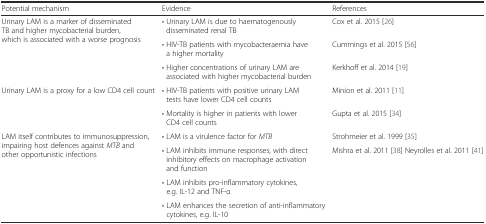
| Potential mechanism | Evidence | References |
 | --- | --- | --- |
 | <ROWSPAN=3> Urinary LAM is a marker of disseminated TB and higher mycobacterial burden, which is associated with a worse prognosis | • Urinary LAM is due to haematogenously disseminated renal TB | Cox et al. 2015 [26] |
 | • HIV-TB patients with mycobacteraemia have a higher mortality | Cummings et al. 2015 [56] |
 | • Higher concentrations of urinary LAM are associated with higher mycobacterial burden | Kerkhoff et al. 2014 [19] |
 | <ROWSPAN=2> Urinary LAM is a proxy for a low CD4 cell count | • HIV-TB patients with positive urinary LAM tests have lower CD4 cell counts | Minion et al. 2011 [11] |
 | • Mortality is higher in patients with lower CD4 cell counts | Gupta et al. 2015 [34] |
 | <ROWSPAN=4> LAM itself contributes to immunosuppression, impairing host defences against MTB and other opportunistic infections | • LAM is a virulence factor for MTB | Strohmeier et al. 1999 [35] |
 | • LAM inhibits immune responses, with direct inhibitory effects on macrophage activation and function | Mishra et al. 2011 [38]Neyrolles et al. 2011 [41] |
 | • LAM inhibits pro-inflammatory cytokines, e.g. IL-12 and TNF-α | <ROWSPAN=2>  |
 | • LAM enhances the secretion of anti-inflammatory cytokines, e.g. IL-10 |